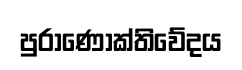
පුරාණෝක්තිවේදය